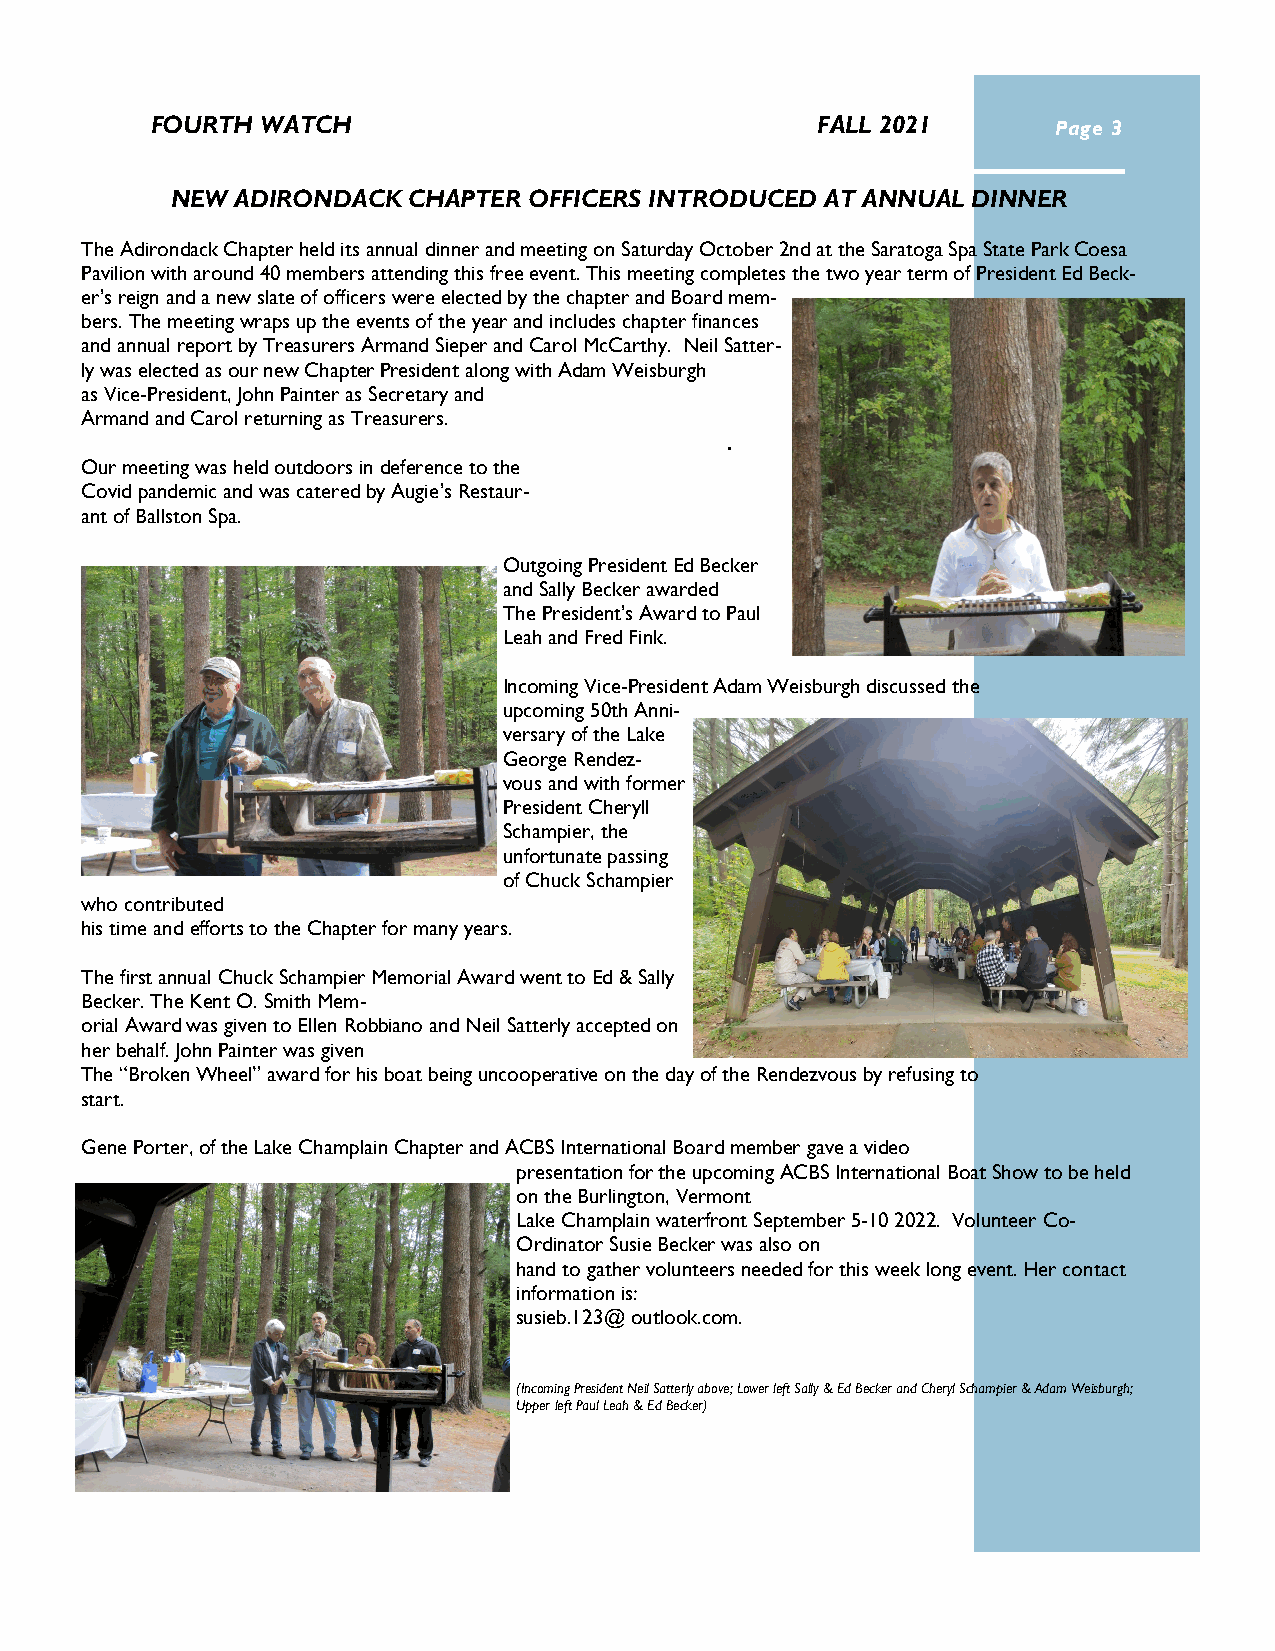
FOURTH WATCH                                FALL 2021       Page 3
 NEW  ADIRONDACK CHAPTER OFFICERS INTRODUCED AT ANNUAL DINNER
 The Adirondack Chapter held its annual dinner and meeting on Saturday October 2nd at the Saratoga Spa State Park Coesa
 Pavilion with around 40 members attending this free event. This meeting completes the two year term of President Ed Beck-
 er’s reign and a new slate of officers were elected by the chapter and Board mem-
 bers. The meeting wraps up the events of the year and includes chapter finances
 and annual report by Treasurers Armand Sieper and Carol McCarthy. Neil Satter-
 ly was elected as our new Chapter President along with Adam Weisburgh
 as Vice-President, John Painter as Secretary and
 Armand and Carol returning as Treasurers.
 Our meeting was held outdoors in deference to the
 Covid pandemic and was catered by Augie’s Restaur-
 ant of Ballston Spa.
 Outgoing President Ed Becker
 and Sally Becker awarded
 The President’s Award to Paul
 Leah and Fred Fink.
 Incoming Vice-President Adam Weisburgh discussed the
 upcoming 50th Anni-
 versary of the Lake
 George Rendez-
 vous and with former
 President Cheryll
 Schampier, the
 unfortunate passing
 of Chuck Schampier
 who contributed
 his time and efforts to the Chapter for many years.
 The first annual Chuck Schampier Memorial Award went to Ed & Sally
 Becker. The Kent O. Smith Mem-
 orial Award was given to Ellen Robbiano and Neil Satterly accepted on
 her behalf. John Painter was given
 The “Broken Wheel” award for his boat being uncooperative on the day of the Rendezvous by refusing to
 start.
 Gene Porter, of the Lake Champlain Chapter and ACBS International Board member gave a video
 presentation for the upcoming ACBS International Boat Show to be held
 on the Burlington, Vermont
 Lake Champlain waterfront September 5-10 2022. Volunteer Co-
 Ordinator Susie Becker was also on
 hand to gather volunteers needed for this week long event. Her contact
 information is:
 susieb.123@ outlook.com.
 (Incoming President Neil Satterly above; Lower left Sally & Ed Becker and Cheryl Schampier & Adam Weisburgh;
 Upper left Paul Leah & Ed Becker)